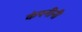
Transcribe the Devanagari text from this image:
कंपनीनी